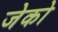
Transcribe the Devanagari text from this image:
जेको